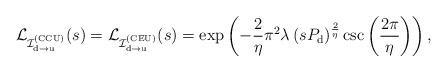
LaTeX: \begin{align*}\mathcal{L}_{\mathcal{I}^{({\rm CCU})}_{\rm d \rightarrow u}}(s)=\mathcal{L}_{\mathcal{I}^{({\rm CEU})}_{\rm d \rightarrow u}}(s)= \exp\left( - \frac{2}{\eta}\pi^{2}\lambda \left( s P_{\rm{d}} \right)^{\frac{2}{\eta}} \csc \left( \frac{2 \pi}{\eta} \right) \right),\end{align*}